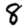
Digit: 8